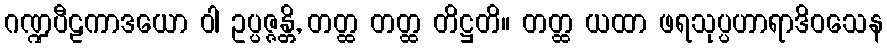
ဂဏ္ဍပီဠကာဒယော ဝါ ဥပ္ပဇ္ဇန္တိ, တတ္ထ တတ္ထ တိဋ္ဌတိ။ တတ္ထ ယထာ ဖရသုပ္ပဟာရာဒိဝသေန